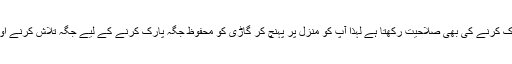
سب سے دلچسپ بات یہ ہے کہ آٹو پائلٹ 2.0 گاڑی کو پارک کرنے کی بھی صلاحیت رکھتا ہے لہٰذا آپ کو منزل پر پہنچ کر گاڑی کو محفوظ جگہ پارک کرنے کے لیے جگہ تلاش کرنے اور پھر خیال سے کھڑی کرنے کی بھی ضرورت نہیں ہوگی۔